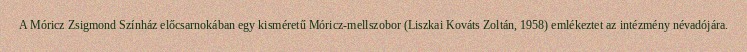
A Móricz Zsigmond Színház előcsarnokában egy kisméretű Móricz-mellszobor (Liszkai Kováts Zoltán, 1958) emlékeztet az intézmény névadójára.